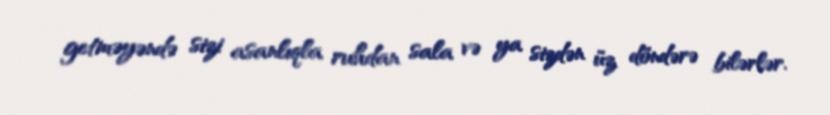
getməyəndə sizi asanlıqla ruhdan sala və ya sizdən üz döndərə bilərlər.